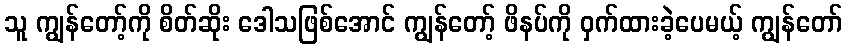
သူ ကျွန်တော့်ကို စိတ်ဆိုး ဒေါသဖြစ်အောင် ကျွန်တော့် ဖိနပ်ကို ဝှက်ထားခဲ့ပေမယ့် ကျွန်တော်